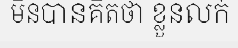
មិនបានគិតថា ខ្លួនលក់